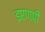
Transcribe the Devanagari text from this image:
इएणपी